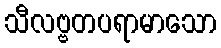
သီလဗ္ဗတပရာမာသော